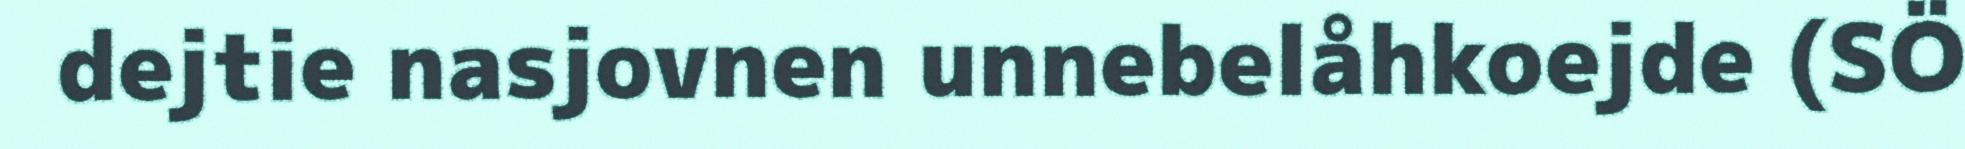
dejtie nasjovnen unnebelåhkoejde (SÖ